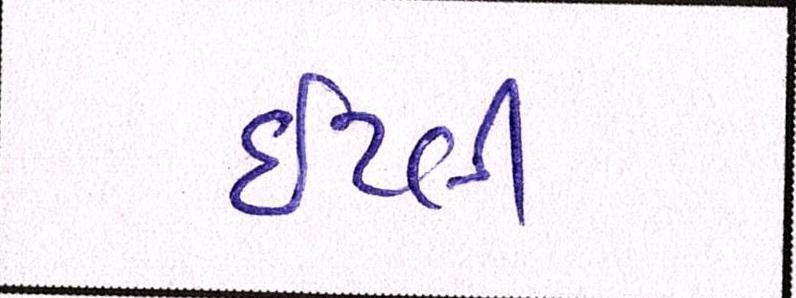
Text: ઇટલી